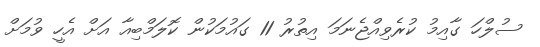
ސުލްހަ ގާއިމު ކުރެވިއްޖެނަމަ އިތުރު 11 ގައުމަކުން ކޮލަމްބިއާ އަށް އެހީ ވުމަށް